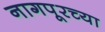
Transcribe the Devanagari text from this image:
नागपूरच्‍या